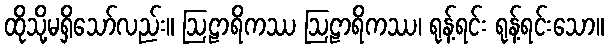
ထိုသို့မရှိသော်လည်း။ ဩဠာရိကဿ ဩဠာရိကဿ၊ ရုန့်ရင်း ရုန့်ရင်းသော။